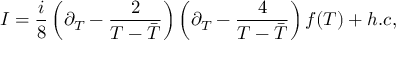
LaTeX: { \cal I } = \frac { i } { 8 } \left( \partial _ { T } - \frac { 2 } { T - { \bar { T } } } \right) \left( \partial _ { T } - \frac { 4 } { T - { \bar { T } } } \right) f ( T ) + h . c ,